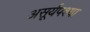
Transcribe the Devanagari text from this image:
असूर्यपश्या